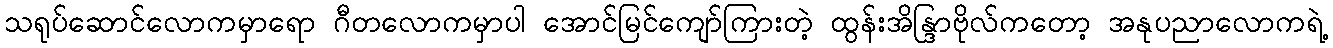
သရုပ်ဆောင်လောကမှာရော ဂီတလောကမှာပါ အောင်မြင်ကျော်ကြားတဲ့ ထွန်းအိန္ဒြာဗိုလ်ကတော့ အနုပညာလောကရဲ့